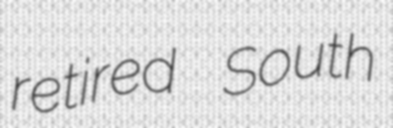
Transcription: retired South